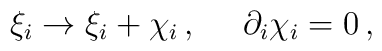
\xi_{i} \to \xi_{i}+\chi_{i} \, , \, \, \, \, \, \, \, \, \partial_{i}\chi_{i}=0 \, ,